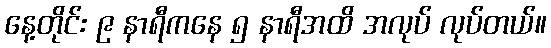
နေ့တိုင်း ၉ နာရီကနေ ၅ နာရီအထိ အလုပ် လုပ်တယ်။